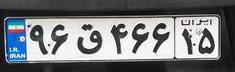
۹۶ق۴۶۶۱۵